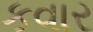
કવાર